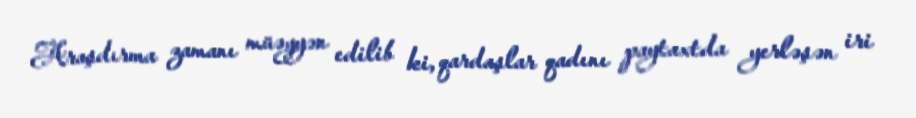
Araşdırma zamanı müəyyən edilib ki, qardaşlar qadını paytaxtda yerləşən iri